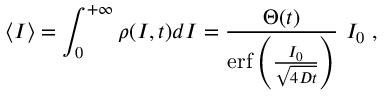
\left\langle I \right\rangle = \int _ { 0 } ^ { + \infty } \rho ( I , t ) d I = \frac { \Theta ( t ) } { \mathrm { e r f } \left( \frac { I _ { 0 } } { \sqrt { 4 D t } } \right) } \ I _ { 0 } \; ,